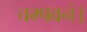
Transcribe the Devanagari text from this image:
चम्पवनं।